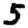
Digit: 5